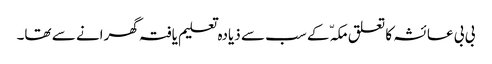
بی بی عائشہ کا تعلق مکہّ کے سب سے ذیادہ تعلیم یافتہ گھرانے سے تھا۔